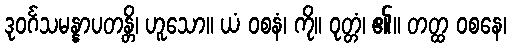
ဒုဝင်္ဂသမန္နာပတန္တိ၊ ဟူသော။ ယံ ဝစနံ၊ ကို။ ဝုတ္တံ၊ ၏။ တတ္ထ ဝစနေ၊